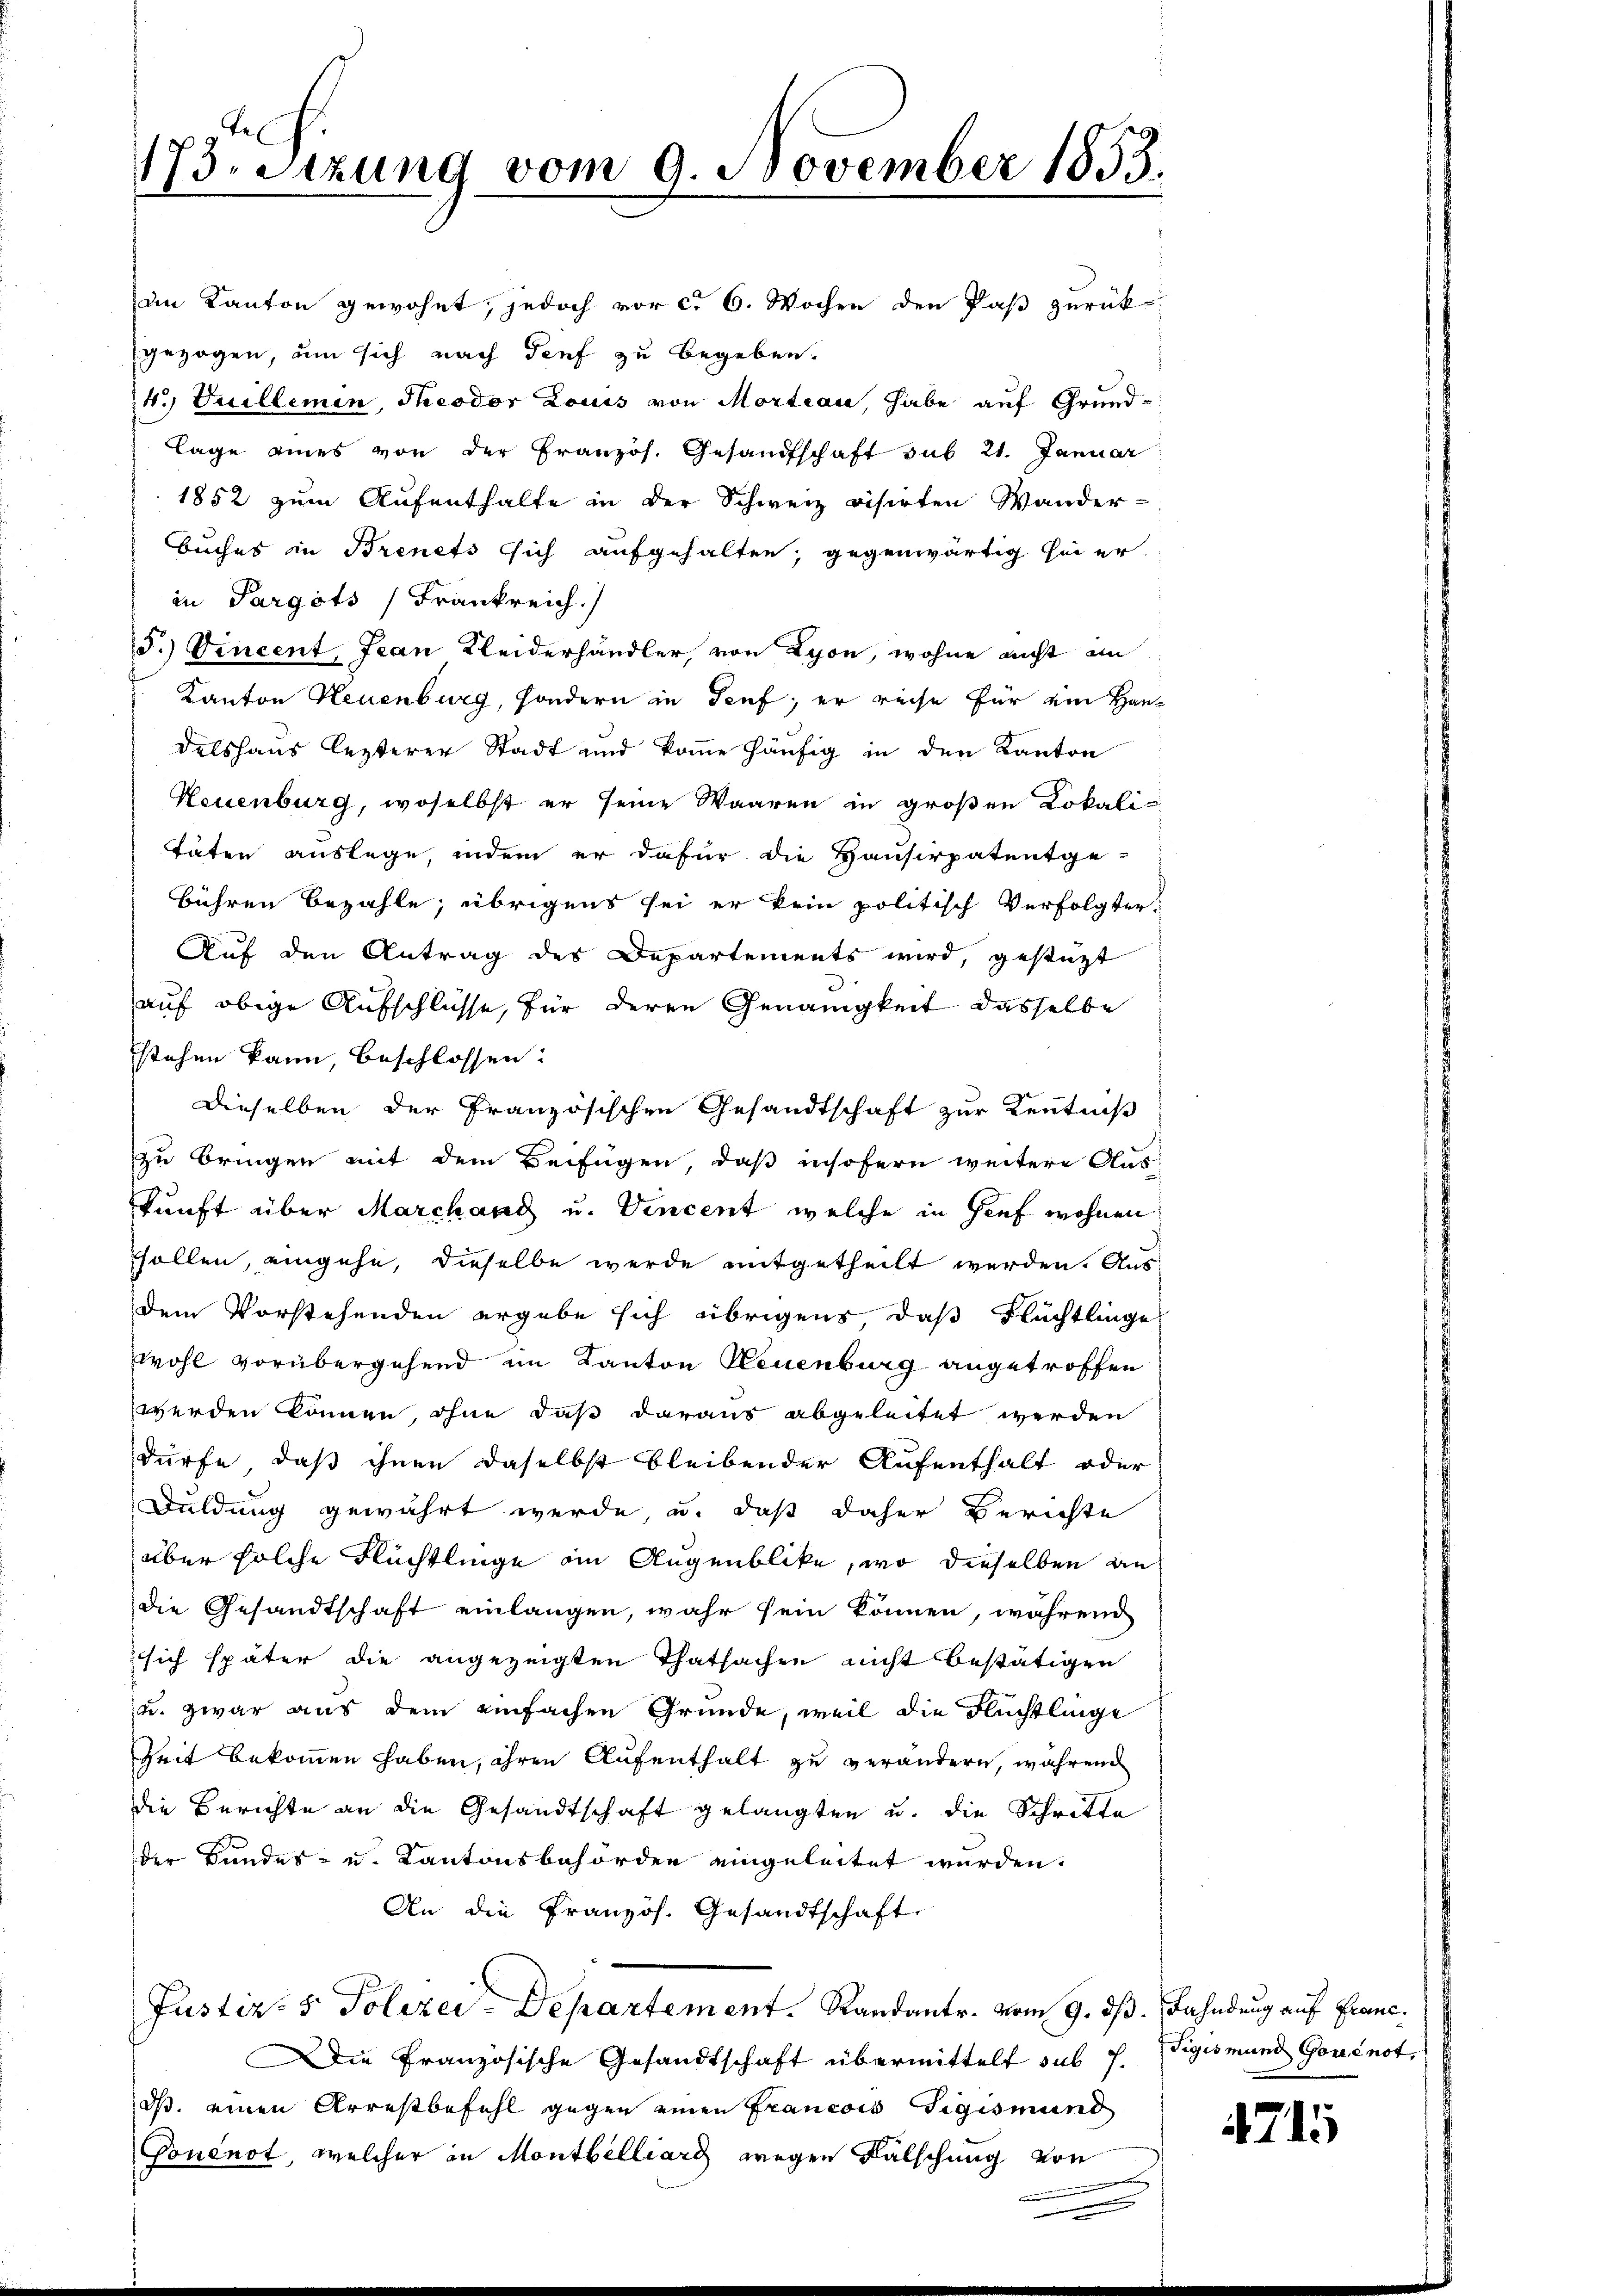
173. Sitzung vom 9. November 1853.

im Kanton gewohnt, jedoch vor c. 6. Wochen den Paß zurück-
gezogen, um sich nach Genf zu begeben.
4. Juillemin, Theodor Louis von Morteau, habe auf Grund-
lage eines von der Französ. Gesandtschaft sub 21. Januar
1852 zum Aufenthalte in der Schweiz visirten Wander-
Buches in Brenets sich aufgehalten; gegenwärtig sei er
in Pargöts (Frankreich.)
5.) Vincent, Jean Kleiderhändler, von Lyon, wohne nicht an
Kanton Neuenburg, sondern in Teuf; er reise für ein Handelshaus lezterer Stadt und komme häufig in den Kanton
Neuenburg, woselbst er seine Waaren in großen Lokali-
täten auslege, indem er dafür die Hausirpatentge-
bühren bezahle, übrigens sei er kein politisch Verfolgter,
Auf den Antrag des Departements wird, gestützt
auf obige Aufschlüsse, für deren Genauigkeit dasselbe
stehen kann, beschlossen:
dieselben der Französischen Gesandtschaft zur Kenntniß
zu bringen mit dem Beifügen, daß insofern weitere Auskunft über Marchaad u. Vincent welche in Genf wohnen
sollen, eingehe, dieselbe werde mitgetheilt werden. Ausdem Vorstehenden ergabe sich übrigens das Flüchtlinge
wohl vorübergehend im Kanton Neuenburg angetroffen
werden können, ohne daß daraus abgeleitet werden
dürfe, daß ihnen daselbst bleibender Aufenthalt oder
Duldung gewährt werde, u. daß daher Berichte
über solche Flüchtlinge im Augenblicke, wo dieselben an
die Gesandtschaft einlangen, wahr sein können, während
sich später die angezeigten Thatsachen nicht bestätigen
u. zwar aus dem einfachen Gründe, weil die Flüchtlinge
Zeit bekommen haben, ihren Aufenthalt zu verändern, während
die Berichte an die Gesandtschaft gelangten u. die Schritte
der Bundes- u. Kantonsbehörden eingeleitet werden.
An die Pranzös. Gesandtschaft,
Justiz- & Polizei-Departement. Randantr. vom 9. dß. Fahndung auf Grune.
Die Französische Gesandtschaft übermittelt sub 7. Sigismund Gouénot,
ds. einen Arrestbefehl gegen einen Francois Sigismund
Goncnot, welcher in Montbelliarg wegen Falschung von

4715